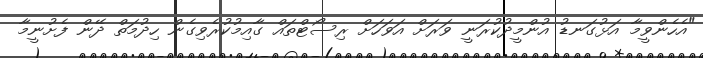
"އެހެންވީމާ އަޅުގަނޑު އުންމީދުކުރަނީ ވަރަށް އަވަހަށް ރިސޯޓްތައް ގާއިމުކުރެވިގެން ހިދުމަތް ދޭން ފެށުނީމާ